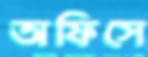
অফিসে